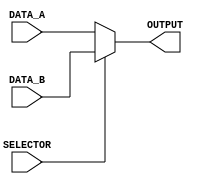
`timescale 1ns / 1ps
//////////////////////////////////////////////////////////////////////////////////
// Company: 
// Engineer: 
// 
// Design Name: 
// Module Name: REGLOC_MUX
// Project Name: 
// Target Devices: 
// Tool Versions: 
// Description: 
// 
// Dependencies: 
// 
// Revision:
// Revision 0.01 - File Created
// Additional Comments:
// 
//////////////////////////////////////////////////////////////////////////////////

/*
    MUX for Reg2Loc
    DATA_A -> instr[20:16]
    DATA_B -> instr[4:0]
    SELECTOR assigns from control Reg2Loc
*/
module REGLOC_MUX(
        input SELECTOR,
        input [4:0]DATA_A,
        input [4:0]DATA_B,
        output [4:0] OUTPUT
    );
    
    assign OUTPUT = (SELECTOR == 0) ? DATA_A : DATA_B;
endmodule